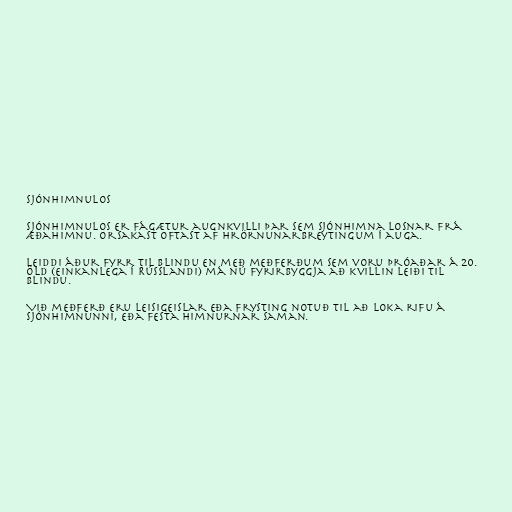
Sjónhimnulos

Sjónhimnulos er fágætur augnkvilli þar sem sjónhimna losnar frá
æðahimnu. Orsakast oftast af hrörnunarbreytingum í auga.

Leiddi áður fyrr til blindu en með meðferðum sem voru þróaðar á 20.
öld (einkanlega í Rússlandi) má nú fyrirbyggja að kvillin leiði til
blindu.

Við meðferð eru leisigeislar eða frysting notuð til að loka rifu á
sjónhimnunni, eða festa himnurnar saman.